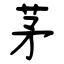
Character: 茅